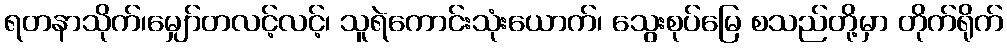
ရတနာသိုက်၊မျှော်တလင့်လင့်၊ သူရဲကောင်းသုံးယောက်၊ သွေးစုပ်မြေ စသည်တို့မှာ တိုက်ရိုက်